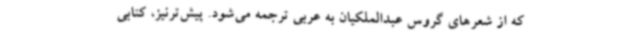
که از شعرهای گروس عبدالملکیان به عربی ترجمه می‌شود. پیش‌ترنیز، کتابی